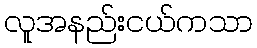
လူအနည်းငယ်ကသာ